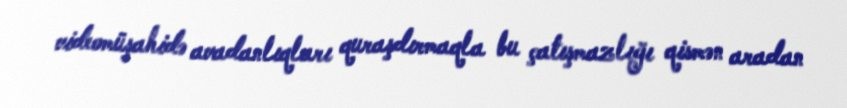
videomüşahidə avadanlıqları quraşdırmaqla bu çatışmazlığı qismən aradan